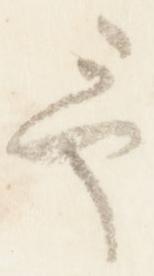
予